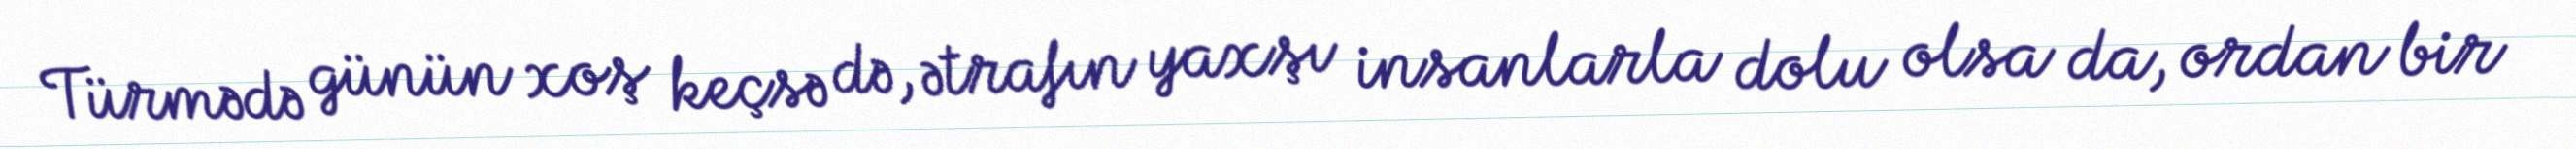
Türmədə günün xoş keçsə də, ətrafın yaxşı insanlarla dolu olsa da, ordan bir